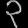
Digit: ၃